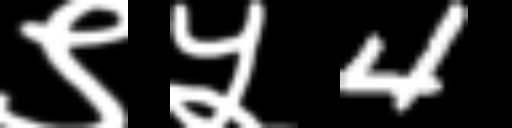
Text: ९५4